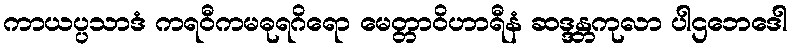
ကာယပ္ပသာဒံ ကရဝီကမဓုရဂိရော မေတ္တာဝိဟာရီနံ ဆဒ္ဒန္တကုလာ ပါဌဘေဒေါ